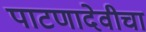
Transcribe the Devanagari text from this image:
पाटणादेवीचा